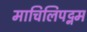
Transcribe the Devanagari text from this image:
माचिलिपट्नम